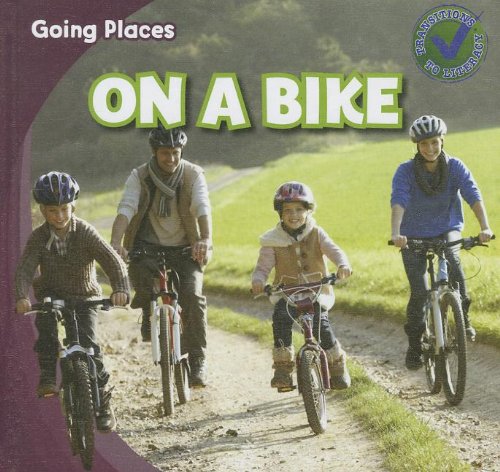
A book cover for On a Bike (Going Places); Robert M. Hamilton; Children's Books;